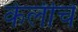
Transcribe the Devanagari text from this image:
केलीचे